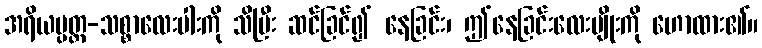
အရိယပ္ပတ္တ-သစ္စာလေးပါးကို သိပြီး ဆင်ခြင်၍ နေခြင်း၊ ဤနေခြင်းလေးမျိုးကို ဟောထား၏။